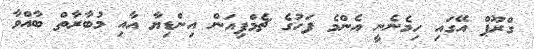
ގްރޫޕް އޭގައި ހިމެނެނީ އެންމެ ފަހުގެ ޗެމްޕިއަން އިންޑިޔާ އާއި މުބާރާތް ބާއްވާ